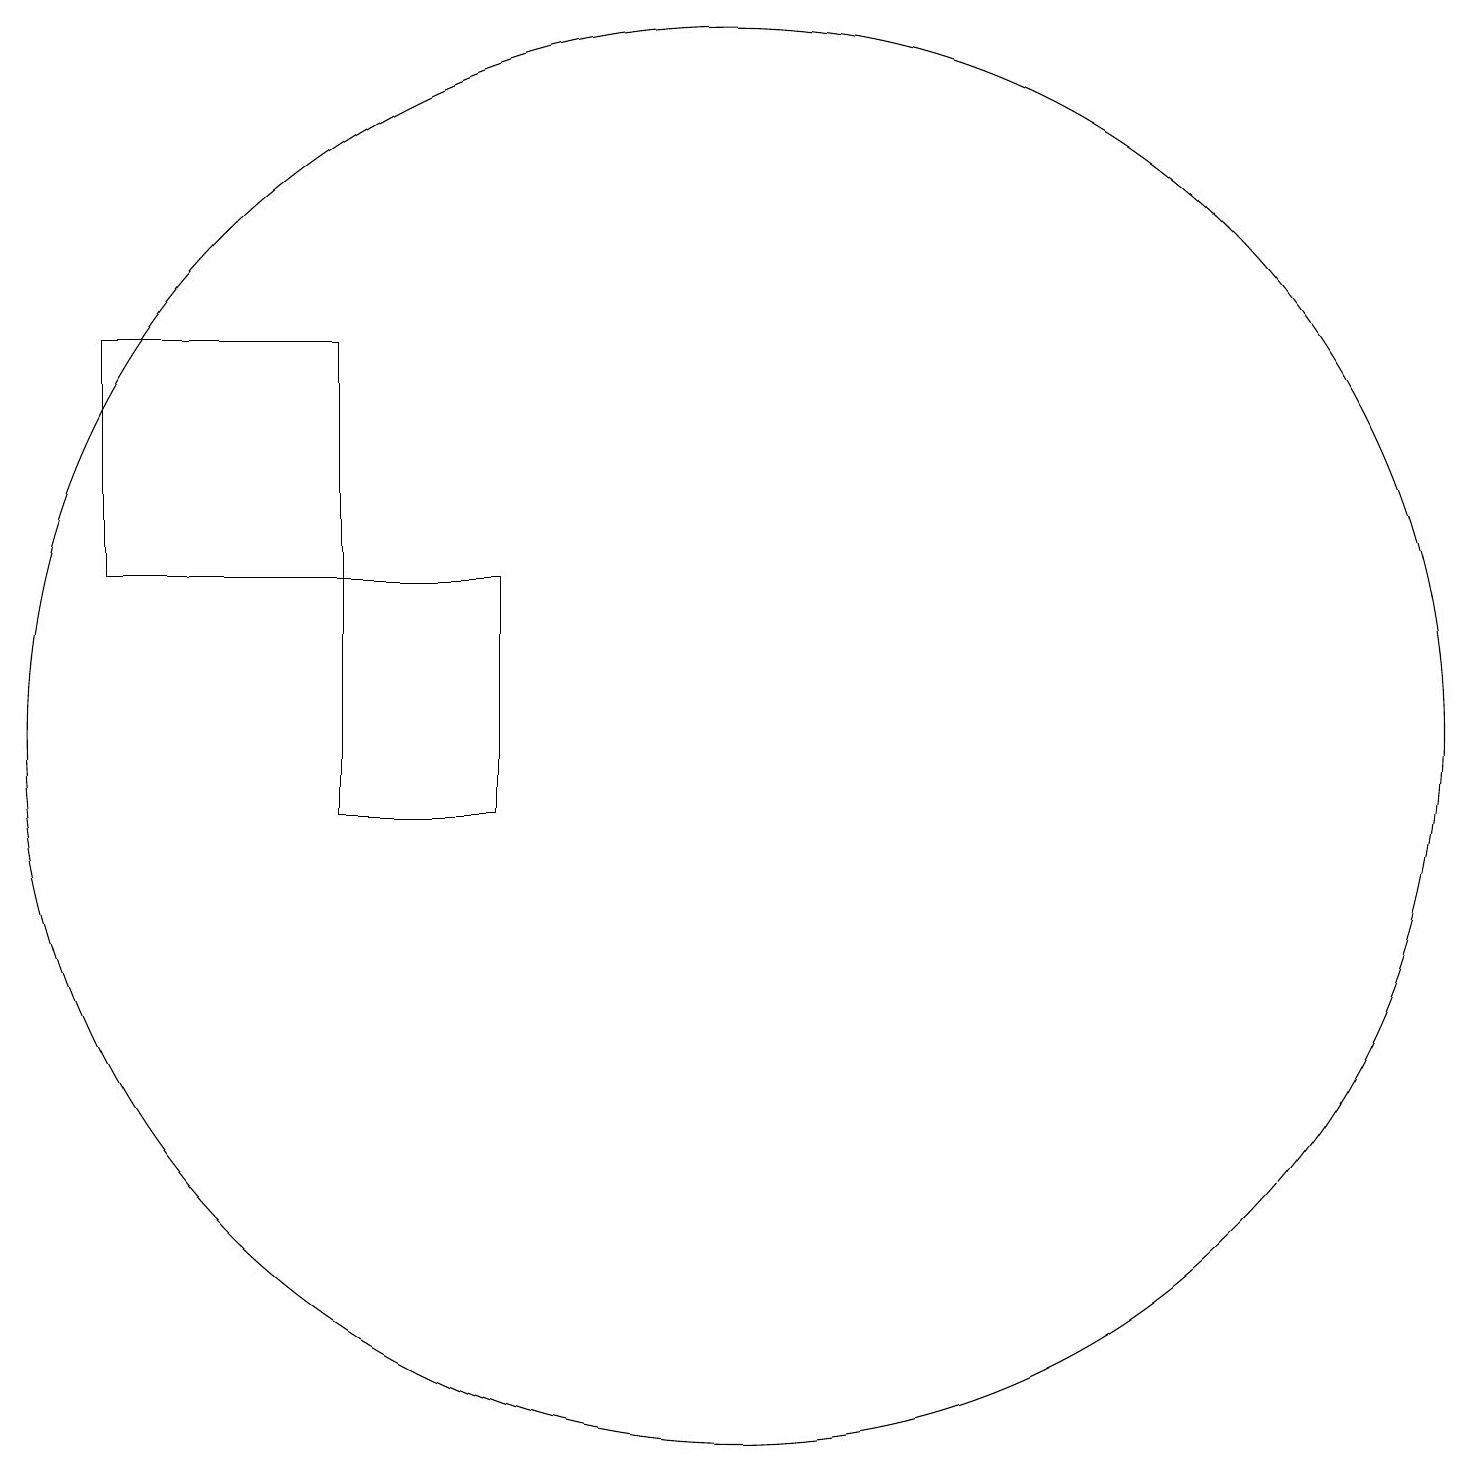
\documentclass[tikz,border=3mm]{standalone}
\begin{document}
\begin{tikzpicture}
\draw (5,13) rectangle (7,10);
\draw (5,13) rectangle (2,16);
\draw (10,11) circle (9);
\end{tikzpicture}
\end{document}